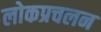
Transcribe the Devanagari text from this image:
लोकप्रचलन